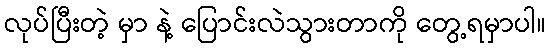
လုပ်ပြီးတဲ့ မှာ နဲ့ ပြောင်းလဲသွားတာကို တွေ့ရမှာပါ။